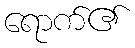
ရောက်၏